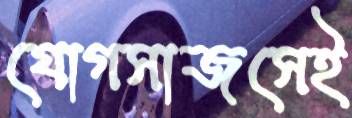
যোগসাজসেই